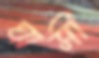
ঘাসী